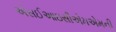
એસઈઆઇસીએમએમની